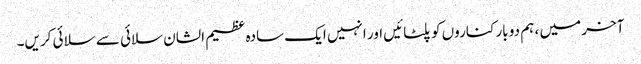
آخر میں ، ہم دو بار کناروں کو پلٹائیں اور انہیں ایک سادہ عظیم الشان سلائی سے سلائی کریں۔